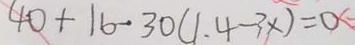
4 0 + 1 6 - 3 0 ( 1 . 4 - 3 x ) = 0